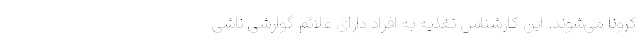
کرونا می‌شوند. این کارشناس تغذیه به افراد دارای علائم گوارشی ناشی